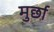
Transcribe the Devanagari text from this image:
मुर्छा